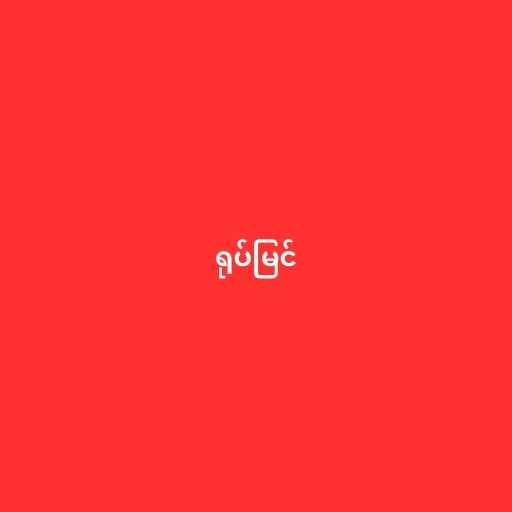
ရုပ်မြင်